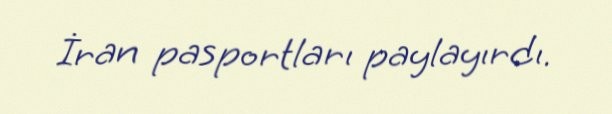
İran pasportları paylayırdı.